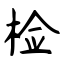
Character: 检